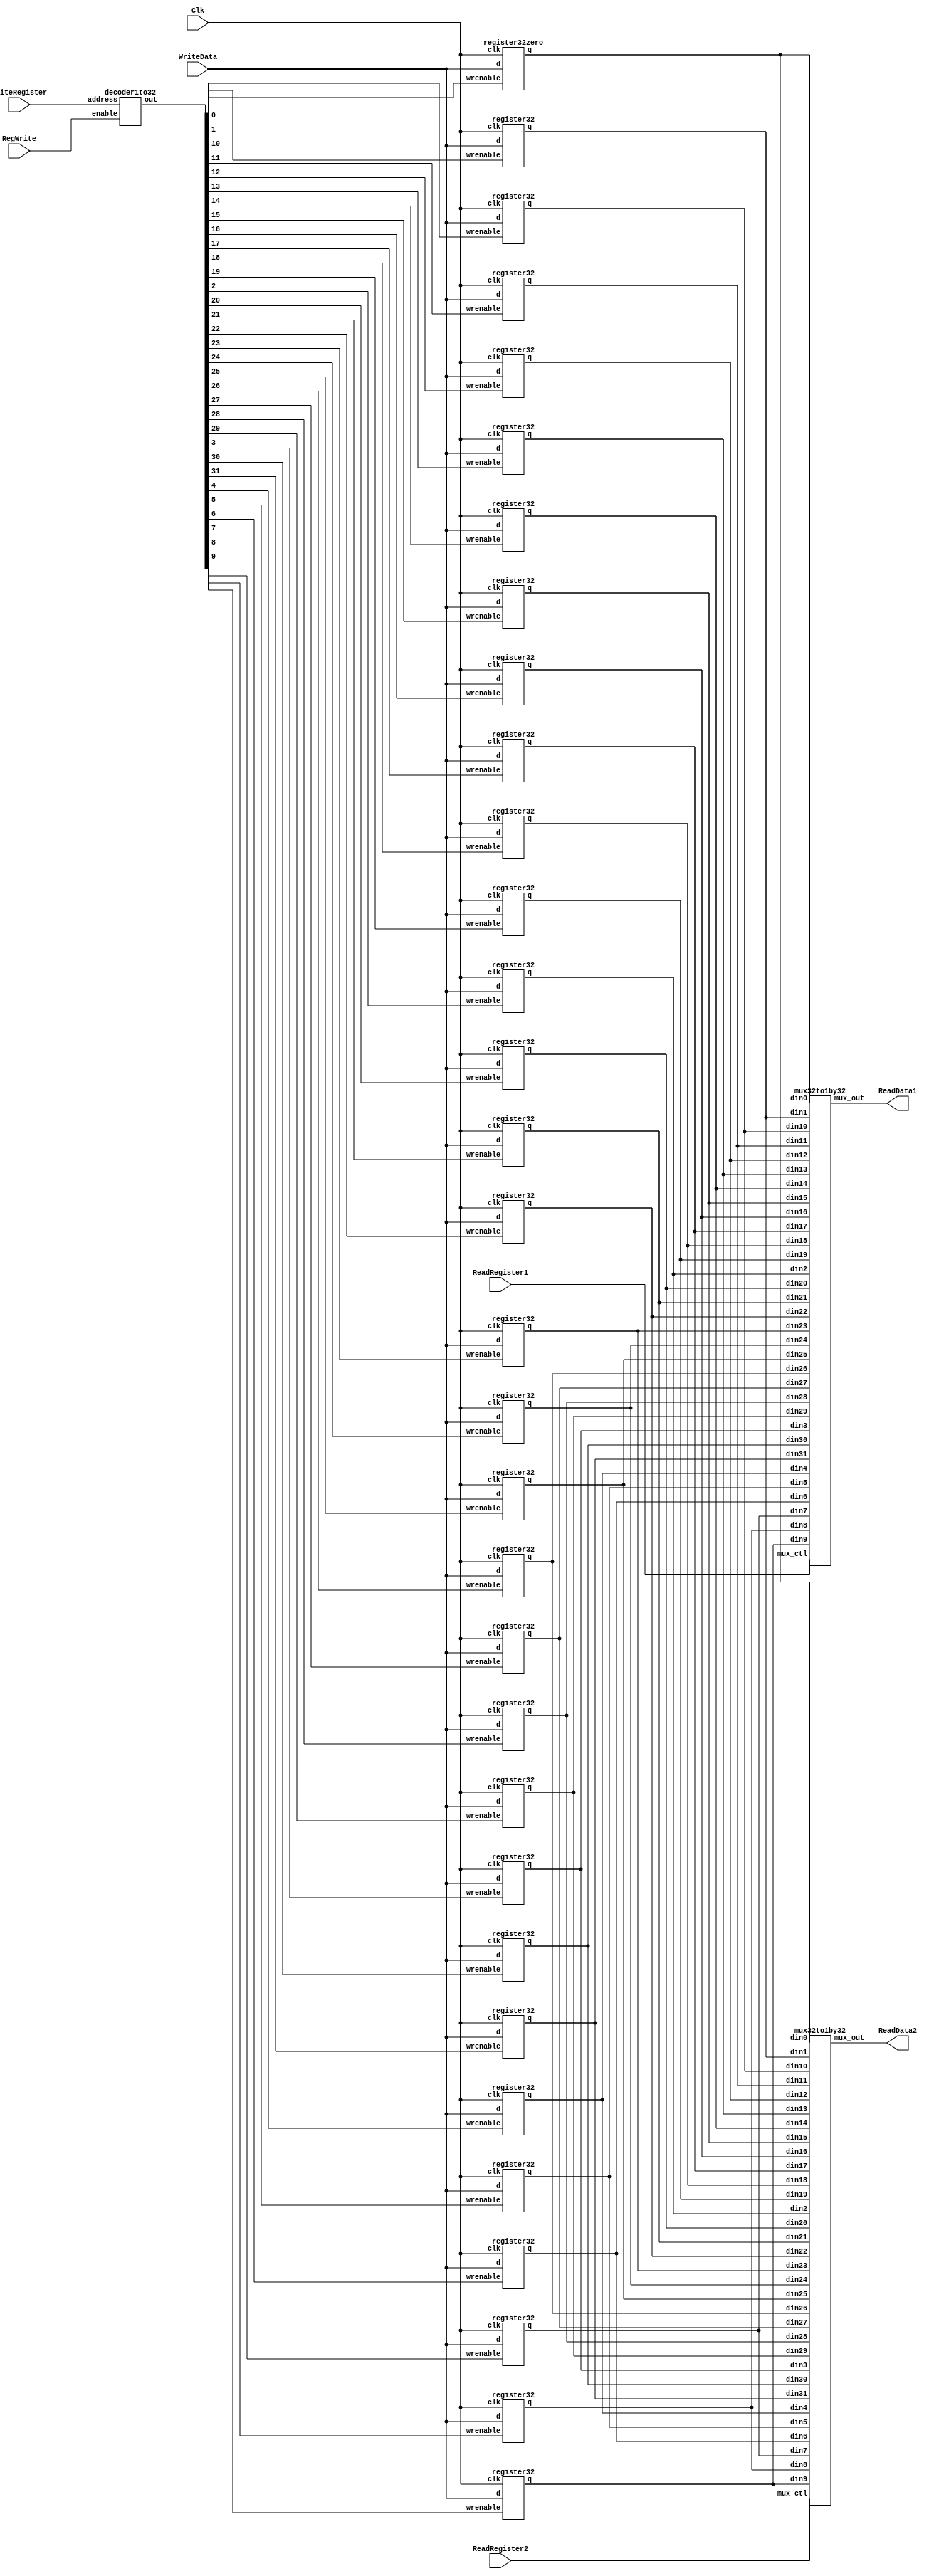
// Register File code modified from Ryan Eggert's Homework 4 assignment.

//------------------------------------------------------------------------------
//  regfile
//      MIPS register file
//          width: 32 bits
//          depth: 32 words (reg[0] is static zero register)
//          2 asynchronous read ports
//          1 synchronous, positive edge triggered write port
//
//------------------------------------------------------------------------------

module regfile
(
output[31:0]    ReadData1,      // Contents of first register read
output[31:0]    ReadData2,      // Contents of second register read
input[31:0]     WriteData,      // Contents to write to register
input[4:0]      ReadRegister1,  // Address of first register to read
input[4:0]      ReadRegister2,  // Address of second register to read
input[4:0]      WriteRegister,  // Address of register to write
input           RegWrite,       // Enable writing of register when High
input           Clk             // Clock (Positive Edge Triggered)
);

    wire[31:0] wrenables;  // Output of decoder, used to set write enables on each register.

    // This may be implementable with a genvar/for-loop
    wire[31:0] reg31out;
    wire[31:0] reg30out;
    wire[31:0] reg29out;
    wire[31:0] reg28out;
    wire[31:0] reg27out;
    wire[31:0] reg26out;
    wire[31:0] reg25out;
    wire[31:0] reg24out;
    wire[31:0] reg23out;
    wire[31:0] reg22out;
    wire[31:0] reg21out;
    wire[31:0] reg20out;
    wire[31:0] reg19out;
    wire[31:0] reg18out;
    wire[31:0] reg17out;
    wire[31:0] reg16out;
    wire[31:0] reg15out;
    wire[31:0] reg14out;
    wire[31:0] reg13out;
    wire[31:0] reg12out;
    wire[31:0] reg11out;
    wire[31:0] reg10out;
    wire[31:0] reg9out;
    wire[31:0] reg8out;
    wire[31:0] reg7out;
    wire[31:0] reg6out;
    wire[31:0] reg5out;
    wire[31:0] reg4out;
    wire[31:0] reg3out;
    wire[31:0] reg2out;
    wire[31:0] reg1out;
    wire[31:0] reg0out;

    // Decoder for writing to register.
    decoder1to32 in_decoder(wrenables, RegWrite, WriteRegister);

    // Wire the registers (again, has potential for looping)
    register32 register31(reg31out, WriteData, wrenables[31], Clk);
    register32 register30(reg30out, WriteData, wrenables[30], Clk);
    register32 register29(reg29out, WriteData, wrenables[29], Clk);
    register32 register28(reg28out, WriteData, wrenables[28], Clk);
    register32 register27(reg27out, WriteData, wrenables[27], Clk);
    register32 register26(reg26out, WriteData, wrenables[26], Clk);
    register32 register25(reg25out, WriteData, wrenables[25], Clk);
    register32 register24(reg24out, WriteData, wrenables[24], Clk);
    register32 register23(reg23out, WriteData, wrenables[23], Clk);
    register32 register22(reg22out, WriteData, wrenables[22], Clk);
    register32 register21(reg21out, WriteData, wrenables[21], Clk);
    register32 register20(reg20out, WriteData, wrenables[20], Clk);
    register32 register19(reg19out, WriteData, wrenables[19], Clk);
    register32 register18(reg18out, WriteData, wrenables[18], Clk);
    register32 register17(reg17out, WriteData, wrenables[17], Clk);
    register32 register16(reg16out, WriteData, wrenables[16], Clk);
    register32 register15(reg15out, WriteData, wrenables[15], Clk);
    register32 register14(reg14out, WriteData, wrenables[14], Clk);
    register32 register13(reg13out, WriteData, wrenables[13], Clk);
    register32 register12(reg12out, WriteData, wrenables[12], Clk);
    register32 register11(reg11out, WriteData, wrenables[11], Clk);
    register32 register10(reg10out, WriteData, wrenables[10], Clk);
    register32 register9(reg9out, WriteData, wrenables[9], Clk);
    register32 register8(reg8out, WriteData, wrenables[8], Clk);
    register32 register7(reg7out, WriteData, wrenables[7], Clk);
    register32 register6(reg6out, WriteData, wrenables[6], Clk);
    register32 register5(reg5out, WriteData, wrenables[5], Clk);
    register32 register4(reg4out, WriteData, wrenables[4], Clk);
    register32 register3(reg3out, WriteData, wrenables[3], Clk);
    register32 register2(reg2out, WriteData, wrenables[2], Clk);
    register32 register1(reg1out, WriteData, wrenables[1], Clk);
    // Wire the zeroth [zero] register
    register32zero register0(reg0out, WriteData, wrenables[0], Clk);

    mux32to1by32 port1mux(ReadData1, ReadRegister1, reg31out, reg30out, reg29out, reg28out, reg27out, reg26out, reg25out, reg24out, reg23out, reg22out, reg21out, reg20out, reg19out, reg18out, reg17out, reg16out, reg15out, reg14out, reg13out, reg12out, reg11out, reg10out, reg9out, reg8out, reg7out, reg6out, reg5out, reg4out, reg3out, reg2out, reg1out, reg0out);
    mux32to1by32 port2mux(ReadData2, ReadRegister2, reg31out, reg30out, reg29out, reg28out, reg27out, reg26out, reg25out, reg24out, reg23out, reg22out, reg21out, reg20out, reg19out, reg18out, reg17out, reg16out, reg15out, reg14out, reg13out, reg12out, reg11out, reg10out, reg9out, reg8out, reg7out, reg6out, reg5out, reg4out, reg3out, reg2out, reg1out, reg0out);
endmodule

//------------------------------------------------------------------------------
//  register32
//      MIPS register with write-enable, positive-edge triggered.
//          width: 32 bits
//   
//------------------------------------------------------------------------------
module register32(q, d, wrenable, clk);
    parameter SIZE = 32; // SIZE is the size (in bits) of the register. 
                         // For example, N=32 corresponds to a 32-bit register.
    output reg[SIZE-1:0] q;
    input[SIZE-1:0] d;
    input wrenable;
    input clk;

    always @(posedge clk ) begin
        if (wrenable) begin
            q = d;
        end
    end
    // generate
    //     genvar i; // instantiate variable for generate sequence
    //     for (i=0; i<SIZE; i=i+1) begin
    //         always @(negedge clk) begin
    //             if(wrenable) begin
    //                 q[i] = d[i];
    //             end
    //         end
    //     end
    // endgenerate
endmodule

//------------------------------------------------------------------------------
//  register32zero
//      MIPS register with write-enable [disabled], positive-edge triggered.
//          width: 32 bits
//          ALWAYS outputs 32'b0. Cannot be written to. 
//
//------------------------------------------------------------------------------
module register32zero(q, d, wrenable, clk);
    parameter SIZE = 32; // SIZE is the size (in bits) of the register. 
                         // For example, N=32 corresponds to a 32-bit register.
    output reg[SIZE-1:0] q;
    input[SIZE-1:0] d;
    input wrenable;
    input clk;
        always @(posedge clk) begin
            q = {SIZE{1'b0}};
        end
endmodule

//------------------------------------------------------------------------------
//  mux32to1by32
//      Multiplexer which chooses among 32 32-bit inputs [din0, din1,
//      ... , din31].
//          WIDTH: 32, DEPTH: 32
//          MUX_CTL: 5-bit. MUX_CTL = 0 selects din0; MUX_CTL = 1 selects din1.
//
//------------------------------------------------------------------------------
module mux32to1by32
(
output[31:0]    mux_out,
input[4:0]      mux_ctl,
input[31:0]     din31, din30, din29, din28, din27, din26, din25, din24, din23, din22, din21, din20, din19, din18, din17, din16, din15, din14, din13, din12, din11, din10, din9, din8, din7, din6, din5, din4, din3, din2, din1, din0
);

    wire[31:0] mux[31:0];         // Create a 2D array of wires
    assign mux[31] = din31;
    assign mux[30] = din30;
    assign mux[29] = din29;
    assign mux[28] = din28;
    assign mux[27] = din27;
    assign mux[26] = din26;
    assign mux[25] = din25;
    assign mux[24] = din24;
    assign mux[23] = din23;
    assign mux[22] = din22;
    assign mux[21] = din21;
    assign mux[20] = din20;
    assign mux[19] = din19;
    assign mux[18] = din18;
    assign mux[17] = din17;
    assign mux[16] = din16;
    assign mux[15] = din15;
    assign mux[14] = din14;
    assign mux[13] = din13;
    assign mux[12] = din12;
    assign mux[11] = din11;
    assign mux[10] = din10;
    assign mux[9] = din9;
    assign mux[8] = din8;
    assign mux[7] = din7;
    assign mux[6] = din6;
    assign mux[5] = din5;
    assign mux[4] = din4;
    assign mux[3] = din3;
    assign mux[2] = din2;
    assign mux[1] = din1;
    assign mux[0] = din0;
    assign mux_out = mux[mux_ctl];    // Connect the output of the array
endmodule

//------------------------------------------------------------------------------
//  decoder1to32
//      Decoder which sets one bit of 32-bit out to high, leaving all other
//      bits low. The bit set high is determined by the five-bit address input.
//      The above happens only if enable is set high. If enable is low, out will
//      be a 32-bit 0. 
//
//------------------------------------------------------------------------------
module decoder1to32
(
output[31:0]    out,
input           enable,
input[4:0]      address
);
    assign out = enable<<address; 
endmodule